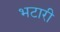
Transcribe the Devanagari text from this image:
भटारी